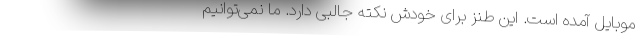
موبایل آمده است. این طنز برای خودش نکته جالبی دارد. ما نمی‌توانیم